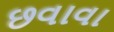
છવાવા